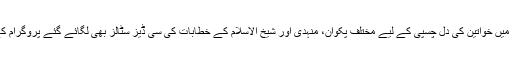
اس پروگرام کی خاص بات یہ بھی تھی کہ اس میں خواتین کی دل چسپی کے لیے مختلف پکوان، منہدی اور شیخ الاسلام کے خطابات کی سی ڈیز سٹالز بھی لگائے گئے پروگرام کے باقاعدہ اختتام بچوں کے ملی نغموں سے ہوا۔